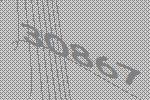
30867